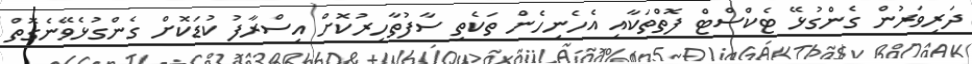
ދަރިވަރުން ގެންގުޅޭ ޓެކްސްޓް ފޮތްތަކާއި އެހެނިހެން ތަކެތި ސާފުތާހިރުކޮށް އިސްރާފު ކުޑަކޮށް ގެންގުޅެވޭނެގޮތް